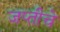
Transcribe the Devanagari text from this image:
जप्तीचे